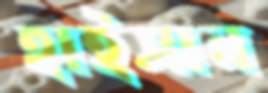
হাইসান